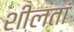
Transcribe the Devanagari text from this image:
शीलतां